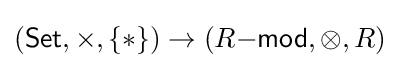
({\mathsf {Set}},\times ,\{\ast \})\to (R{\mathsf {-mod}},\otimes ,R)